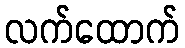
လက်ထောက်